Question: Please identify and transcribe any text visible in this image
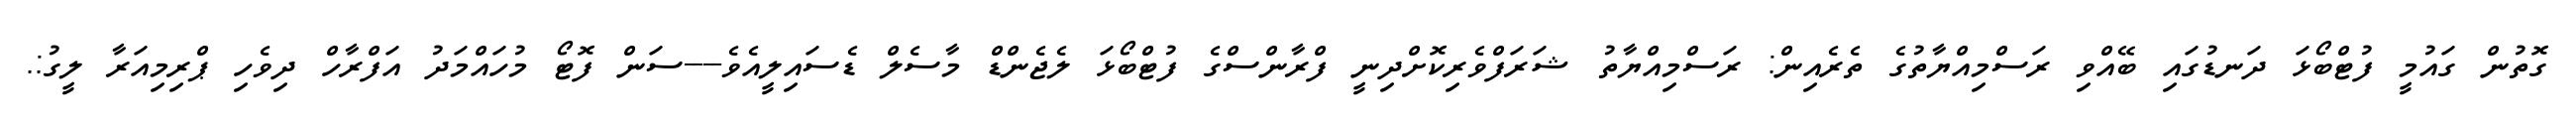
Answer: ގޮތުން ގައުމީ ފުޓްބޯޅަ ދަނޑުގައި ބޭއްވި ރަސްމިއްޔާތުގެ ތެރެއިން: ރަސްމިއްޔާތު ޝަރަފްވެރިކޮށްދިނީ ފްރާންސްގެ ފުޓްބޯޅަ ލެޖެންޑް މާސެލް ޑެސައިލީއެވެ----ސަން ފޮޓޯ މުހައްމަދު އަފްރާހް ދިވެހި ޕްރިމިއަރާ ލީގު:.